Civil Veterinary Department. Central Provinces & Berar 1932-41 - 1932-1941
Year: 1932
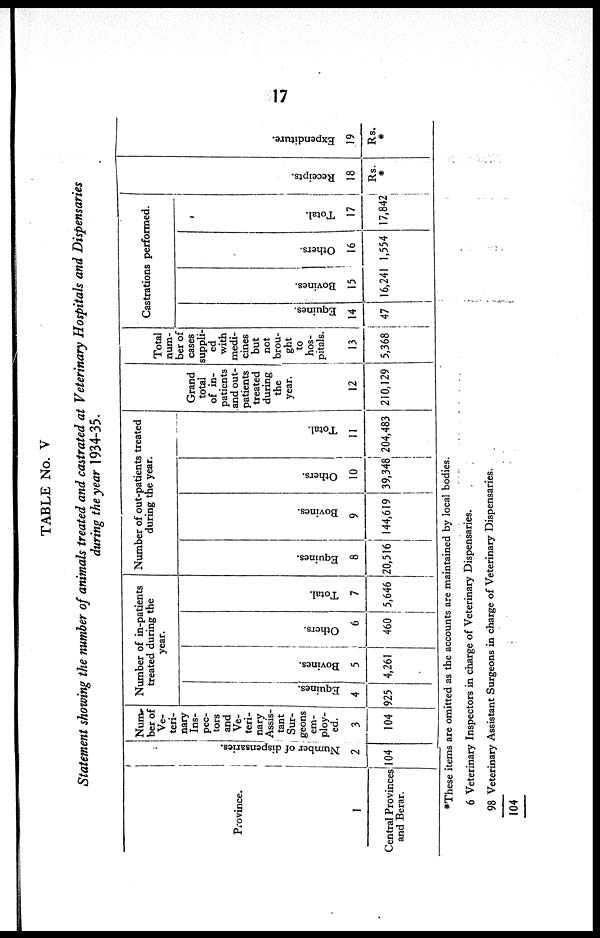
17
TABLE No. V
Statement showing the number of animals treated and castrated at Veterinary Hospitals and Dispensaries
during the year 1934-35.
Province.
1
Central Provinces
and Berar.
Numbe r of dispensaries.
2
104
Num¬
ber of
Ve¬
teri¬
nary
Ins-
pec-
tors
and
Ve¬
teri¬
nary
Assis¬
tant
Sur¬
geons
em-
ploy-
ed. 3
104
Number of in-patients
treated during the
year.
Equi nes .
4
925
Bovi nes .
5
4,261
Ot her s .
6
460
Tot al .
7
5,646
Number of out-patients treated
during the year.
Equi nes .
8
20,516
Bovi nes .
9
144,619
Ot her s .
10
39,348
Tot al .
11
204,483
Grand
total
of in-
patients
and out-
patients
treated
during
the
year.
12
210,129
Total
num-
ber of
cases
suppli-
ed
with
medi-
cines
but
not
brou-
ght
to
hos-
pitals.
13
5,368
Castrations performed.
Equi nes .
14
47
Bovines.
15
16,241
Ot her s .
16
1,554
Tot al .
17
17,842
Recei pt s .
18
Rs.
*
Expendi t
ur e.
19
Rs.
*
*These items are omitted as the accounts are maintained by local bodies.
6
98
104
Veterinary Inspectors in charge of Veterinary Dispensaries.
Veterinary Assistant Surgeons in charge of Veterinary Dispensaries.